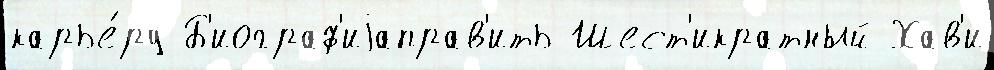
карье́ру Б'иограф'иjаправ'ить Шест'икратный Хав'и